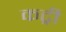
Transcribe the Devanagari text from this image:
कट्री